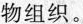
物组织。